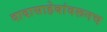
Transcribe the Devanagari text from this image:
दादासाहेबांवरूनच